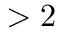
> 2